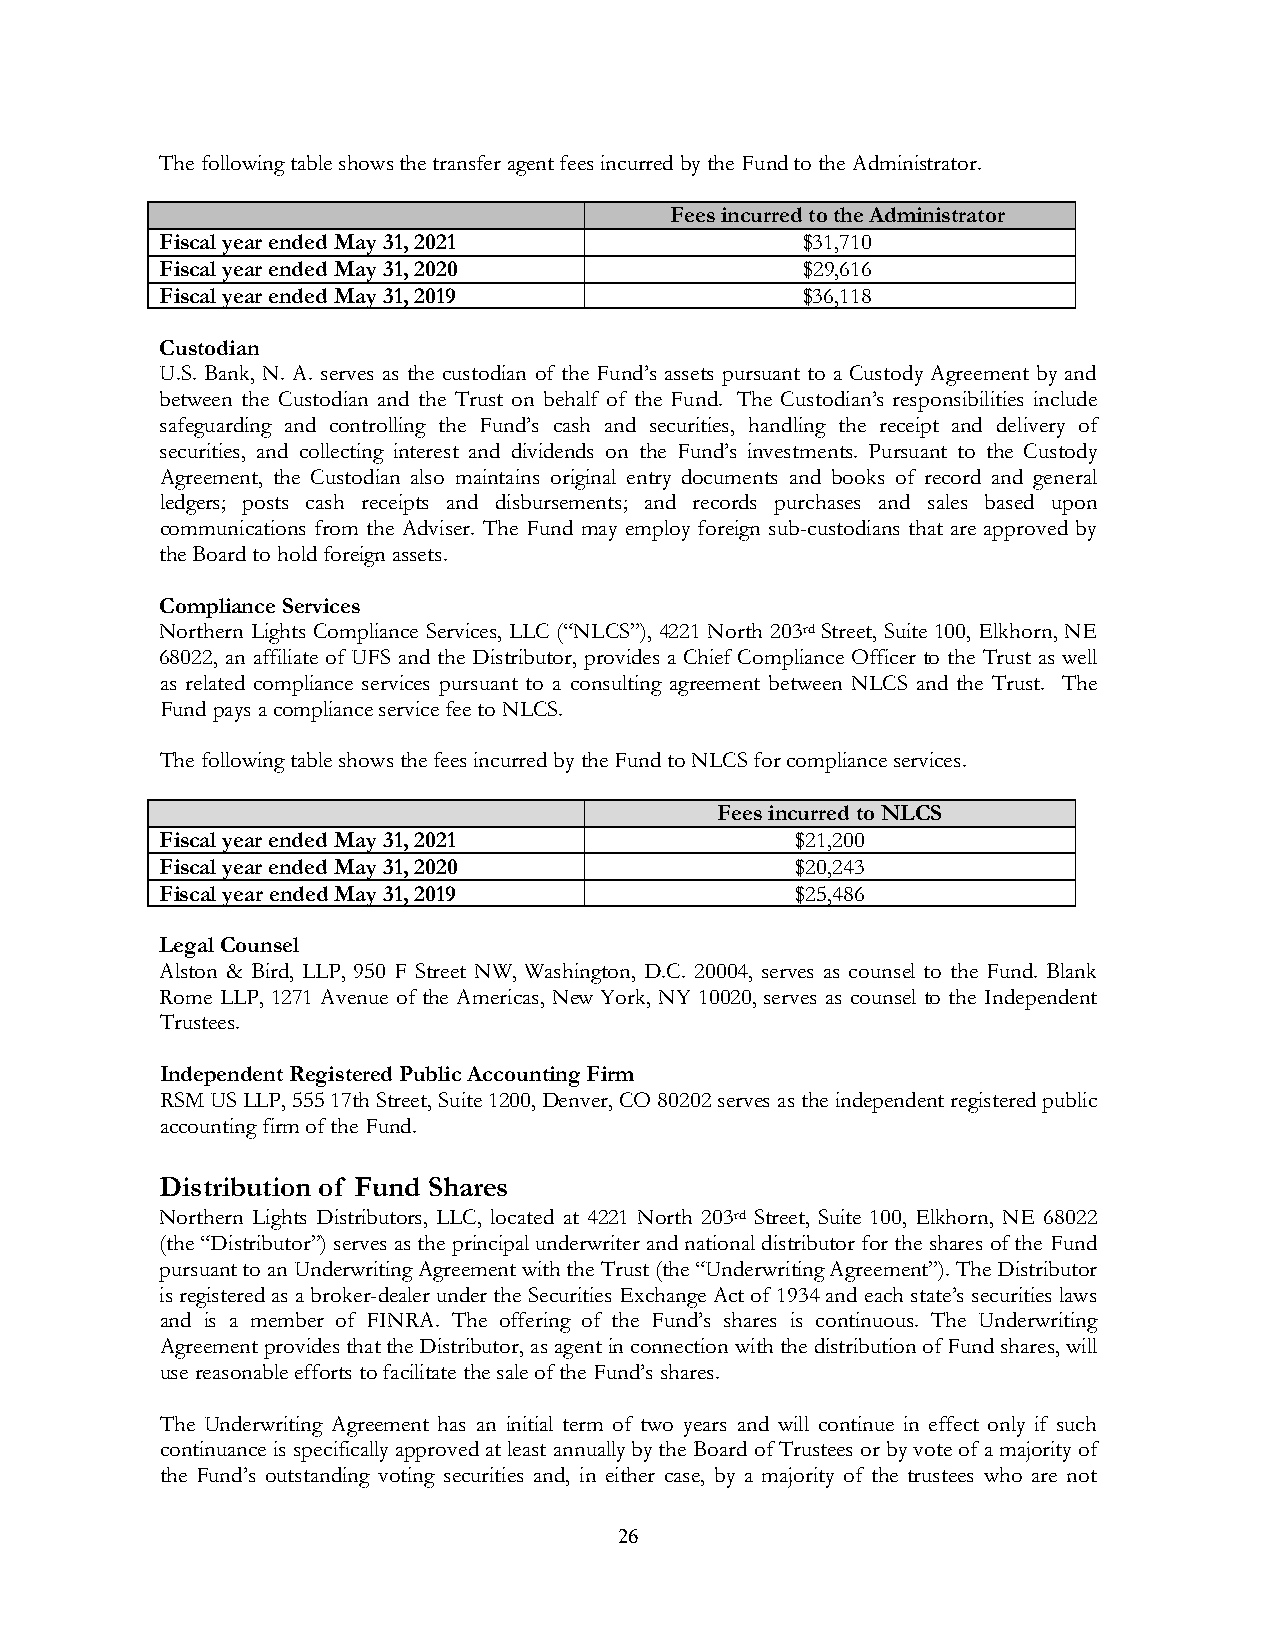
The following table shows the transfer agent fees incurred by the Fund to the Administrator.
 Fees incurred to the Administrator
 Fiscal year ended May 31, 2021            $31,710
 Fiscal year ended May 31, 2020            $29,616
 Fiscal year ended May 31, 2019            $36,118
 Custodian
 U.S. Bank, N. A. serves as the custodian of the Fund’s assets pursuant to a Custody Agreement by and
 between the Custodian and the Trust on behalf of the Fund. The Custodian’s responsibilities include
 safeguarding and controlling the Fund’s cash and securities, handling the receipt and delivery of
 securities, and collecting interest and dividends on the Fund’s investments. Pursuant to the Custody
 Agreement, the Custodian also maintains original entry documents and books of record and general
 ledgers; posts cash receipts and disbursements; and records purchases and sales based upon
 communications from the Adviser. The Fund may employ foreign sub-custodians that are approved by
 the Board to hold foreign assets.
 Compliance Services
 Northern Lights Compliance Services, LLC (“NLCS”), 4221 North 203rd Street, Suite 100, Elkhorn, NE
 68022, an affiliate of UFS and the Distributor, provides a Chief Compliance Officer to the Trust as well
 as related compliance services pursuant to a consulting agreement between NLCS and the Trust. The
 Fund pays a compliance service fee to NLCS.
 The following table shows the fees incurred by the Fund to NLCS for compliance services.
 Fees incurred to NLCS
 Fiscal year ended May 31, 2021            $21,200
 Fiscal year ended May 31, 2020            $20,243
 Fiscal year ended May 31, 2019            $25,486
 Legal Counsel
 Alston & Bird, LLP, 950 F Street NW, Washington, D.C. 20004, serves as counsel to the Fund. Blank
 Rome LLP, 1271 Avenue of the Americas, New York, NY 10020, serves as counsel to the Independent
 Trustees.
 Independent Registered Public Accounting Firm
 RSM US LLP, 555 17th Street, Suite 1200, Denver, CO 80202 serves as the independent registered public
 accounting firm of the Fund.
 Distribution of Fund Shares
 Northern Lights Distributors, LLC, located at 4221 North 203rd Street, Suite 100, Elkhorn, NE 68022
 (the “Distributor”) serves as the principal underwriter and national distributor for the shares of the Fund
 pursuant to an Underwriting Agreement with the Trust (the “Underwriting Agreement”). The Distributor
 is registered as a broker-dealer under the Securities Exchange Act of 1934 and each state’s securities laws
 and is a member of FINRA. The offering of the Fund’s shares is continuous. The Underwriting
 Agreement provides that the Distributor, as agent in connection with the distribution of Fund shares, will
 use reasonable efforts to facilitate the sale of the Fund’s shares.
 The Underwriting Agreement has an initial term of two years and will continue in effect only if such
 continuance is specifically approved at least annually by the Board of Trustees or by vote of a majority of
 the Fund’s outstanding voting securities and, in either case, by a majority of the trustees who are not
 26